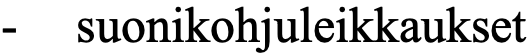
-  suonikohjuleikkaukset